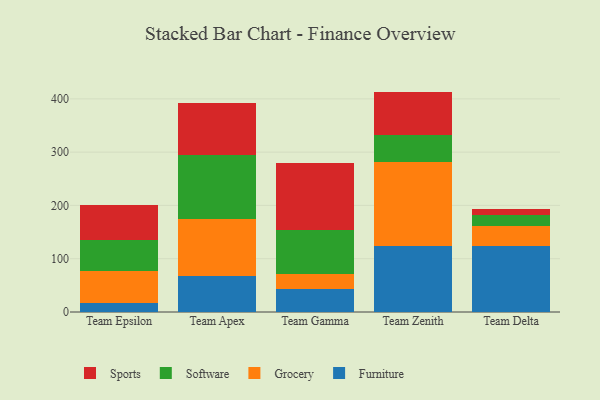
{"axis": {"x": "Team", "y": "Production Output"}, "legend": ["Furniture", "Grocery", "Software", "Sports"], "data": [{"x": "Team Epsilon", "y": 16.0, "type": "Furniture"}, {"x": "Team Epsilon", "y": 61.4, "type": "Grocery"}, {"x": "Team Epsilon", "y": 58.5, "type": "Software"}, {"x": "Team Epsilon", "y": 64.8, "type": "Sports"}, {"x": "Team Apex", "y": 67.2, "type": "Furniture"}, {"x": "Team Apex", "y": 106.7, "type": "Grocery"}, {"x": "Team Apex", "y": 120.8, "type": "Software"}, {"x": "Team Apex", "y": 97.7, "type": "Sports"}, {"x": "Team Gamma", "y": 42.5, "type": "Furniture"}, {"x": "Team Gamma", "y": 29.1, "type": "Grocery"}, {"x": "Team Gamma", "y": 82.5, "type": "Software"}, {"x": "Team Gamma", "y": 126.3, "type": "Sports"}, {"x": "Team Zenith", "y": 124.6, "type": "Furniture"}, {"x": "Team Zenith", "y": 157.0, "type": "Grocery"}, {"x": "Team Zenith", "y": 51.2, "type": "Software"}, {"x": "Team Zenith", "y": 80.8, "type": "Sports"}, {"x": "Team Delta", "y": 123.6, "type": "Furniture"}, {"x": "Team Delta", "y": 37.8, "type": "Grocery"}, {"x": "Team Delta", "y": 19.9, "type": "Software"}, {"x": "Team Delta", "y": 12.9, "type": "Sports"}]}